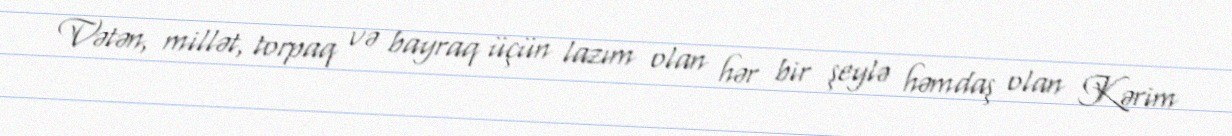
Vətən, millət, torpaq və bayraq üçün lazım olan hər bir şeylə həmdaş olan Kərim